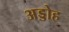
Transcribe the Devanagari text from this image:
अड्डोह